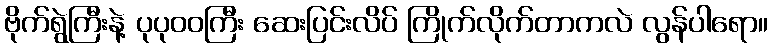
ဗိုက်ရွဲကြီးနဲ့ ပုပုဝဝကြီး ဆေးပြင်းလိပ် ကြိုက်လိုက်တာကလဲ လွန်ပါရော။